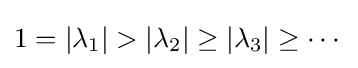
1=|\lambda _{1}|>|\lambda _{2}|\geq |\lambda _{3}|\geq \cdots